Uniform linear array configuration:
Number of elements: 24
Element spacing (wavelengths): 0.75
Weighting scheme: cosine
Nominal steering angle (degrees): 45
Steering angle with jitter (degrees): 46.876
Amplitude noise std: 0.05
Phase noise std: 0.05

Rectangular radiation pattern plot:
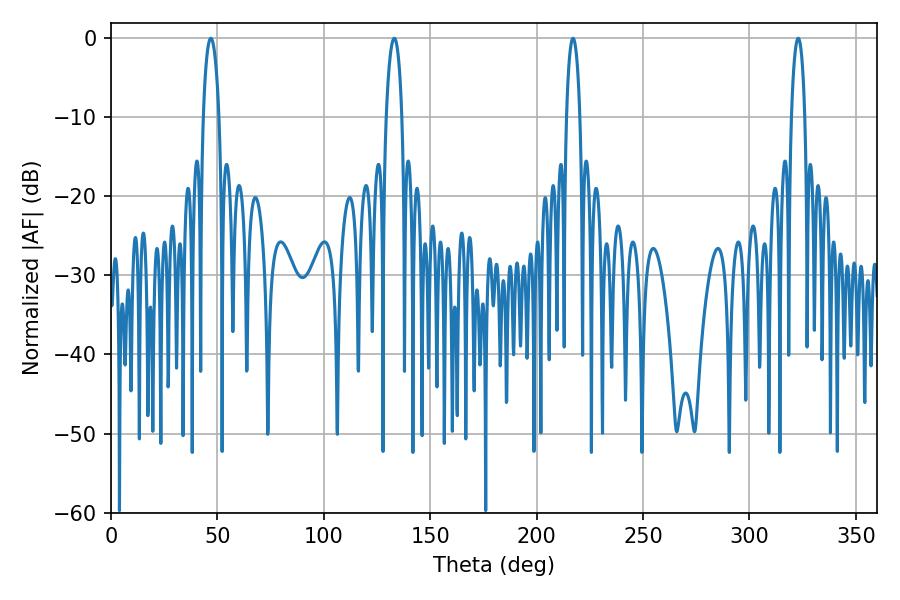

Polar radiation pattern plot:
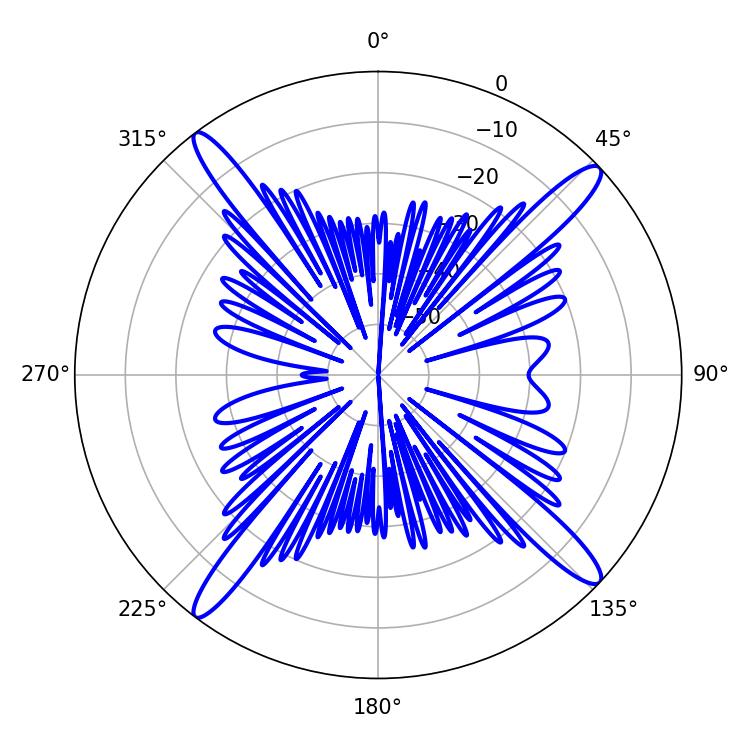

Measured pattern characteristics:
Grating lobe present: TRUE
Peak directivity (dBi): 17.454
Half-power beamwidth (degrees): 3.6
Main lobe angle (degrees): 217.08